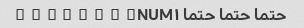
حتما حتما حتما NUM۱� � � � � � � �